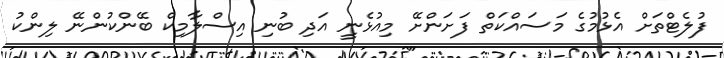
ފުލެޓްތަށް އެޅުމުގެ މަސައްކަތް ފަށަންށޭ މިއުޅެނީ އަދި ބުނި އިސްލާމިކް ބޭންކުންނޭ ލިންކު